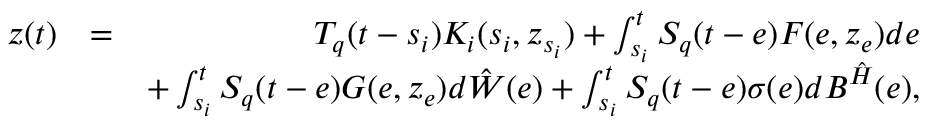
\begin{array} { r l r } { z ( t ) } & { = } & { { \cal T } _ { q } ( t - s _ { i } ) { \cal K } _ { i } ( s _ { i } , z _ { s _ { i } } ) + \int _ { s _ { i } } ^ { t } { \cal S } _ { q } ( t - e ) { \cal F } ( e , z _ { e } ) d e } \\ & { } & { + \int _ { s _ { i } } ^ { t } { \cal S } _ { q } ( t - e ) { \cal G } ( e , z _ { e } ) d \hat { \cal W } ( e ) + \int _ { s _ { i } } ^ { t } { \cal S } _ { q } ( t - e ) \sigma ( e ) d { \cal B } ^ { \hat { \cal H } } ( e ) , } \end{array}